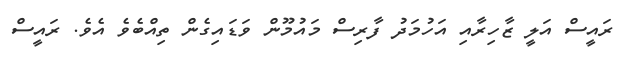
ރައީސް އަލީ ޒާހިރާއި އަހުމަދު ފާރިސް މައުމޫން ވަޑައިގެން ތިއްބެވެ އެވެ. ރައީސް